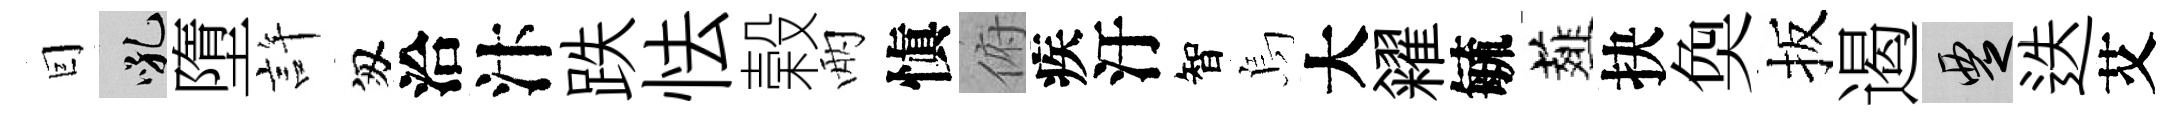
囙吼墮許匆洽汴跌怯榖兩愼俯疾汙智烏大糴毓薤抉奐扳遏覂迭艾